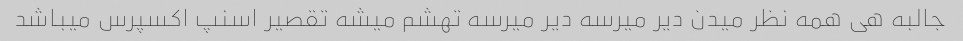
جالبه هی همه نظر میدن دیر میرسه دیر میرسه تهشم میشه تقصیر اسنپ اکسپرس میباشد